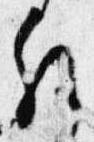
解